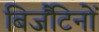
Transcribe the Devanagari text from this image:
बिजैंटिनों